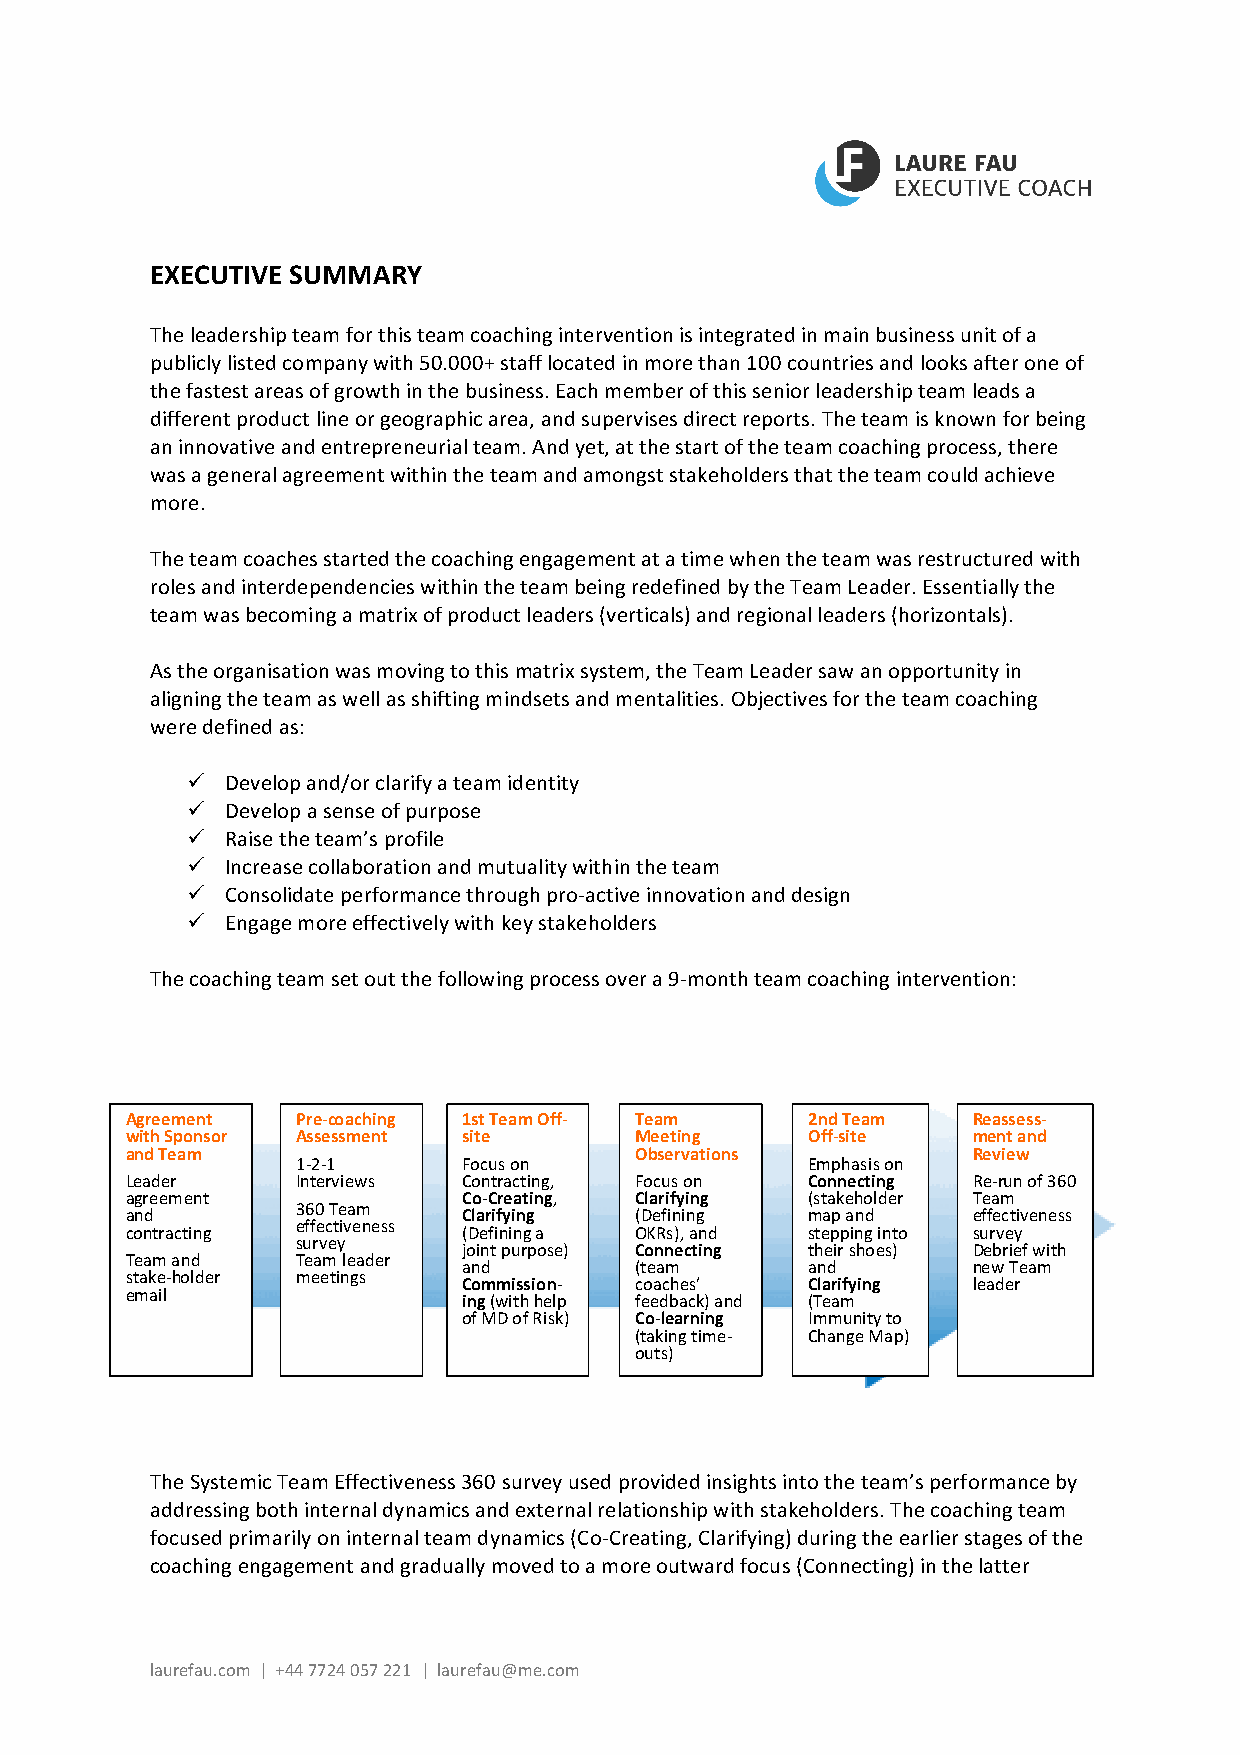
EXECUTIVE SUMMARY
 The leadership team for this team coaching intervention is integrated in main business unit of a
 publicly listed company with 50.000+ staff located in more than 100 countries and looks after one of
 the fastest areas of growth in the business. Each member of this senior leadership team leads a
 different product line or geographic area, and supervises direct reports. The team is known for being
 an innovative and entrepreneurial team. And yet, at the start of the team coaching process, there
 was a general agreement within the team and amongst stakeholders that the team could achieve
 more.
 The team coaches started the coaching engagement at a time when the team was restructured with
 roles and interdependencies within the team being redefined by the Team Leader. Essentially the
 team was becoming a matrix of product leaders (verticals) and regional leaders (horizontals).
 As the organisation was moving to this matrix system, the Team Leader saw an opportunity in
 aligning the team as well as shifting mindsets and mentalities. Objectives for the team coaching
 were defined as:
 ü  Develop and/or clarify a team identity
 ü  Develop a sense of purpose
 ü  Raise the team’s profile
 ü  Increase collaboration and mutuality within the team
 ü  Consolidate performance through pro-active innovation and design
 ü  Engage more effectively with key stakeholders
 The coaching team set out the following process over a 9-month team coaching intervention:
 Agr eement  Pre-coaching 1st Team Off- Team  2nd Team   Reassess-
 with Sponsor Assessment site      Meeting    Off-site   ment and
 and Team                          Observations          Review
 1-2-1      Focus on              Emphasis on
 Leader      Interviews Contracting, Focus on Connecting Re-run of 360
 agr eement             Co-Creating, Clarifying (stakeholder Team
 360 Team
 and                    Clarifying (Defining  map and    effectiveness
 con tracting
 effectiveness
 (Defining a OKRs), and stepping into survey
 survey
 joint purpose) Connecting their shoes) Debrief with
 Tea m and   Team leader
 and        (team      and        new Team
 stake-holder meetings
 Commission- coaches’  Clarifying leader
 email
 ing (with help feedback) and (Team
 of MD of Risk) Co-learning Immunity to
 (taking time- Change Map)
 outs)
 The Systemic Team Effectiveness 360 survey used provided insights into the team’s performance by
 addressing both internal dynamics and external relationship with stakeholders. The coaching team
 focused primarily on internal team dynamics (Co-Creating, Clarifying) during the earlier stages of the
 coaching engagement and gradually moved to a more outward focus (Connecting) in the latter
 laurefau.com | +44 7724 057 221 | laurefau@me.com